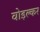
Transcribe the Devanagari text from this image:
वोइल्कर